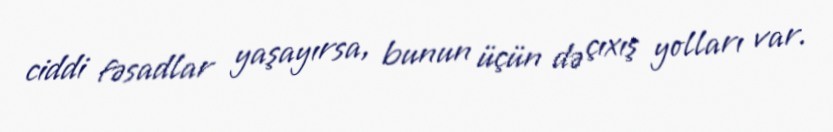
ciddi fəsadlar yaşayırsa, bunun üçün də çıxış yolları var.